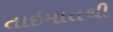
તાઇમાતથી